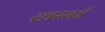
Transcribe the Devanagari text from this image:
खरसई